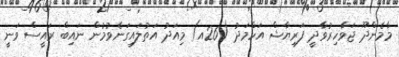
މާމެންދޫ ޖަވާހިރުވާދީ ފަރިޔާޝް އަހްމަދު (26އ) މިއަދު އަތުލައިގަނެވުމުން ނައިބް ރައީސް ވަނީ